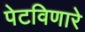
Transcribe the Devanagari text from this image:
पेटविणारे